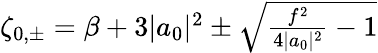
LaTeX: \begin{array}{r}{\zeta_{0,\pm}=\beta+3|a_{0}|^{2}\pm\sqrt{\frac{f^{2}}{4|a_{0}|^{2}}-1}}\end{array}